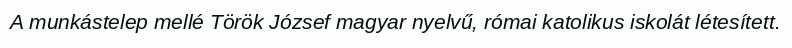
A munkástelep mellé Török József magyar nyelvű, római katolikus iskolát létesített.